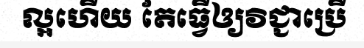
ល្អហើយ តែធ្វើឲ្យវិជ្ជាប្រើ